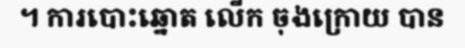
។ ការបោះឆ្នោត លើក ចុងក្រោយ បាន